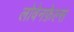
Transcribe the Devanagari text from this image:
लोवेनफ़ेल्स